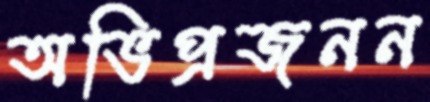
অভিপ্রজনন